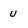
Character: U